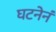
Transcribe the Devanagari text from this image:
घटनेनं